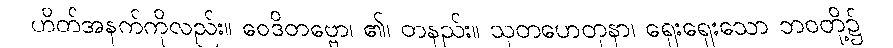
ဟိတ်အနက်ကိုလည်း။ ဝေဒိတဗ္ဗော၊ ၏၊ တနည်း။ သုတဟေတုနာ၊ ရှေးရှေးသော ဘဝတို့၌